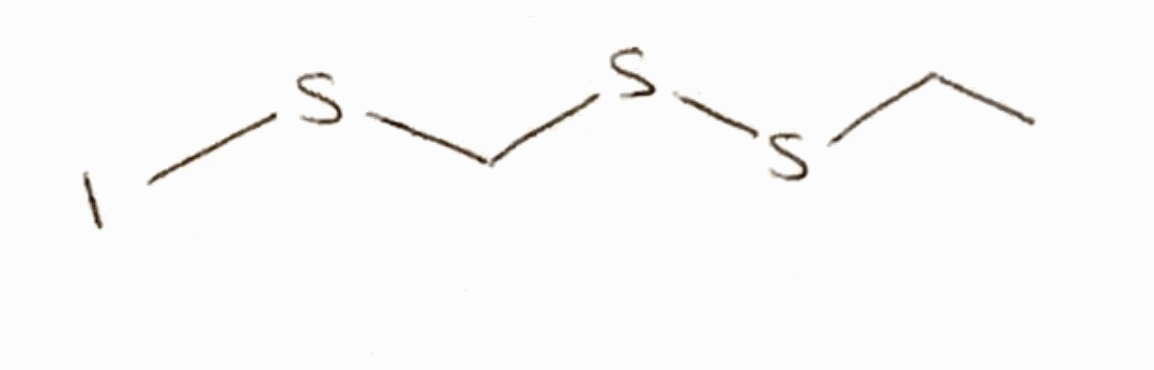
Simplified molecular-input line-entry system (SMILES) notation of the given molecule:
CCSSCSI